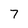
Character: 7